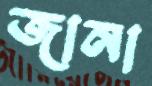
জানা